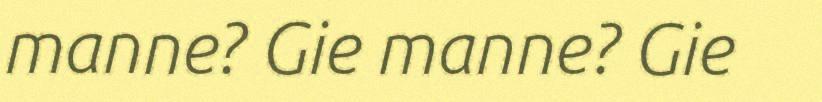
manne? Gie manne? Gie